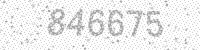
Solution: 846675